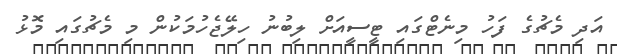
އަދި މެޗުގެ ފަހު މިނެޓްގައި ޓީސީއަށް ލިބުނު ހިލޭޖެހުމަކުން މި މެޗުގައި މޮޅު